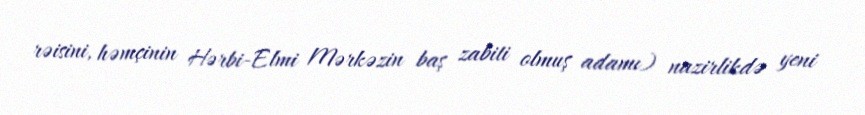
rəisini, həmçinin Hərbi-Elmi Mərkəzin baş zabiti olmuş adamı) nazirlikdə yeni